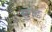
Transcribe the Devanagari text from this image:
सुगढ